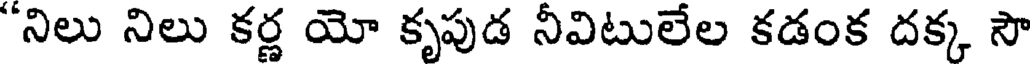
"నిలు నిలు కర్ణ యో కృపుడ నీవిటులేల కడంక దక్క సౌ